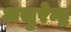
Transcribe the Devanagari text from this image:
असुरेन्द्र